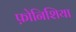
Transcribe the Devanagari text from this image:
फ़ोनिशिया